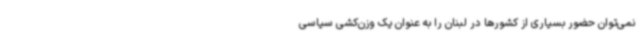
نمی‌توان حضور بسیاری از کشورها در لبنان را به عنوان یک وزن‌کشی سیاسی